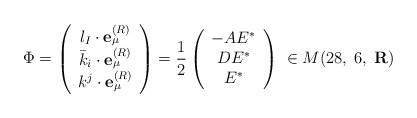
\begin{align*}{\Phi}= \left( \begin{array}{c}l_{I} \cdot {\bf e}_{\mu}^{(R)}\\{\bar k}_{i} \cdot {\bf e}_{\mu}^{(R)}\\k^{j} \cdot {\bf e}_{\mu}^{(R)} \end{array} \right)= {\frac{1}{2}} \left( \begin{array}{c}- A E^{*}\\DE^{*}\\E^{*}\end{array}\right)\; \in M(28,\;6,\;{\bf R})\end{align*}